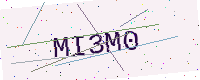
Text: MI3M0